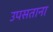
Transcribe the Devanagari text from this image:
उपसताना